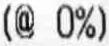
(@ 0%)